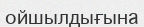
ойшылдығына